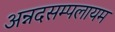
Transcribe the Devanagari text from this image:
अन्नदसम्पलायम